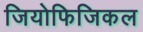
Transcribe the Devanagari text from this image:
जियोफिजिकल